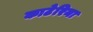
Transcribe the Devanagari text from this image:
काटेरिना